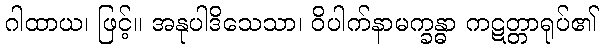
ဂါထာယ၊ ဖြင့်။ အနုပါဒိသေသာ၊ ဝိပါက်နာမက္ခန္ဓာ ကဋတ္တာရုပ်၏